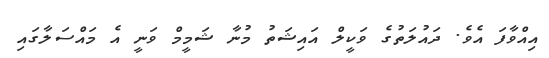
އިއްވާފަ އެވެ. ދައުލަތުގެ ވަކީލް އައިޝަތު މުނާ ޝަމީމް ވަނީ އެ މައްސަލާގައި